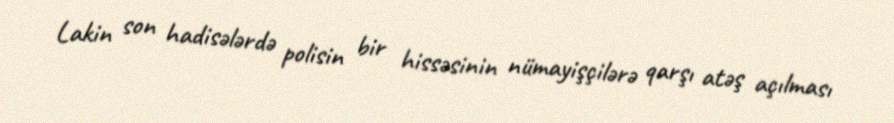
Lakin son hadisələrdə polisin bir hissəsinin nümayişçilərə qarşı atəş açılması